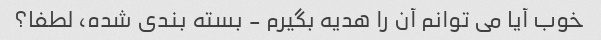
خوب آیا می توانم آن را هدیه بگیرم - بسته بندی شده، لطفا؟